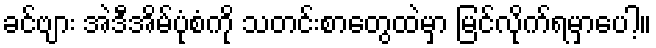
ခင်ဗျား အဲဒီအိမ်ပုံစံကို သတင်းစာတွေထဲမှာ မြင်လိုက်ရမှာပေါ့။